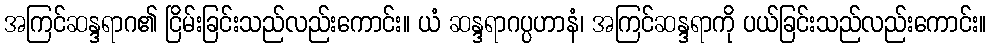
အကြင်ဆန္ဒရာဂ၏ ငြိမ်းခြင်းသည်လည်းကောင်း။ ယံ ဆန္ဒရာဂပ္ပဟာနံ၊ အကြင်ဆန္ဒရာကို ပယ်ခြင်းသည်လည်းကောင်း။